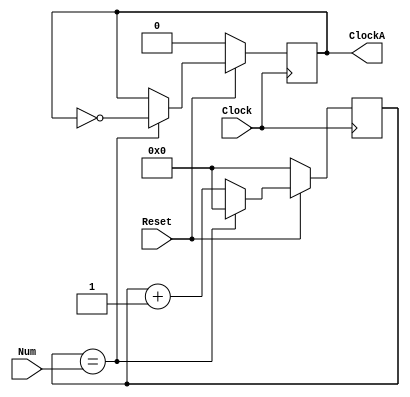
module DivF(Clock, Reset, Num, ClockA);

input wire Clock;
input wire Reset;
input wire [25:0] Num;

output reg ClockA;

reg [25:0] Contador;

initial begin
	ClockA=1'b0;
	Contador=1'b0;
end

always @(posedge Clock) begin

if(Reset==1)begin
	if(Contador==Num)begin
		ClockA=!ClockA;
		Contador=1'b0;
	end
	else Contador=Contador+1'b1;
end
else begin
	ClockA=1'b0;
	Contador=1'b0;
end

end
endmodule